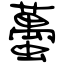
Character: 蠆